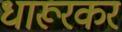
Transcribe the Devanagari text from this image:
धारूरकर